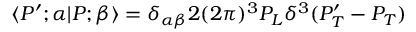
\langle P ^ { \prime } ; \alpha | P ; \beta \rangle = \delta _ { \alpha \beta } 2 ( 2 \pi ) ^ { 3 } P _ { L } \delta ^ { 3 } ( P _ { T } ^ { \prime } - P _ { T } )